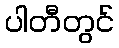
ပါတီတွင်